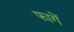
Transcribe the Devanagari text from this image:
फागें